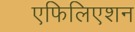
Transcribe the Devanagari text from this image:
एफिलिएशन